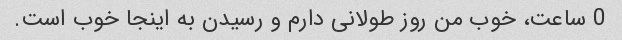
0 ساعت، خوب من روز طولانی دارم و رسیدن به اینجا خوب است.